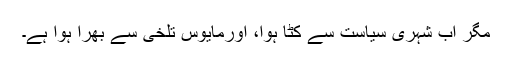
مگر اب شہری سیاست سے کٹا ہوا، اورمایوس تلخی سے بھرا ہوا ہے۔